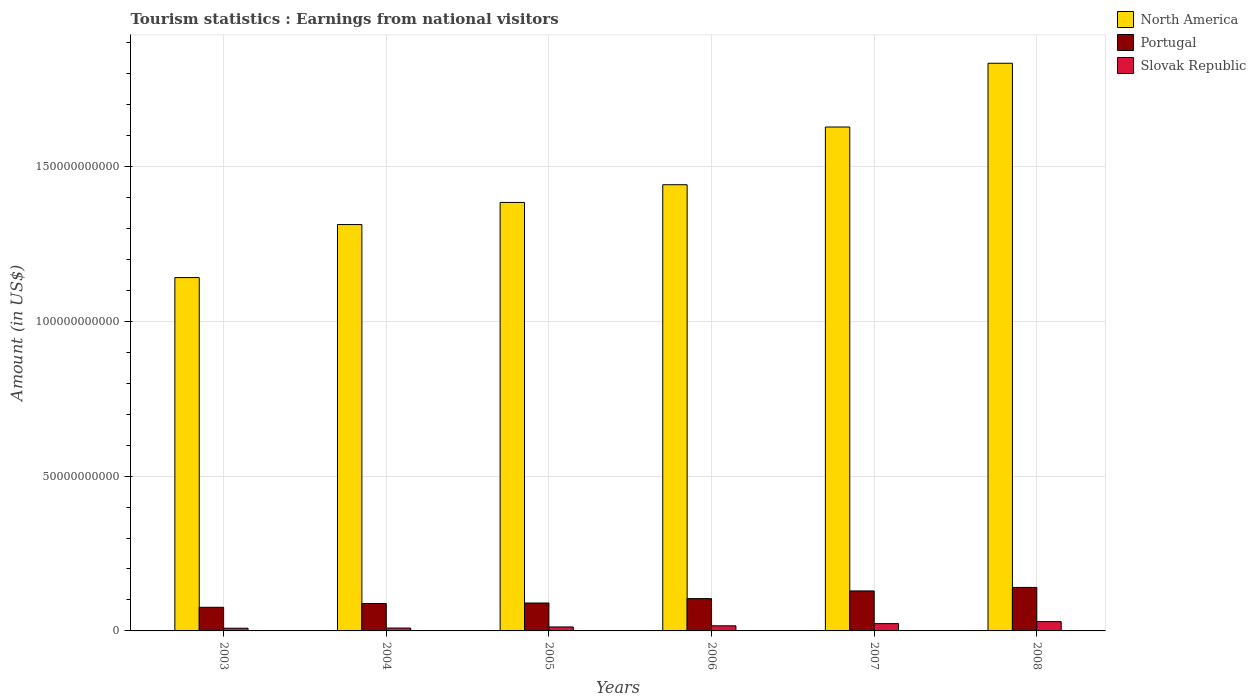
| Years | North America | Portugal | Slovak Republic |
 | --- | --- | --- | --- |
 | 2003 | 1.14e+11 | 7.63e+09 | 8.76e+08 |
 | 2004 | 1.31e+11 | 8.86e+09 | 9.31e+08 |
 | 2005 | 1.38e+11 | 9.01e+09 | 1.28e+09 |
 | 2006 | 1.44e+11 | 1.04e+10 | 1.66e+09 |
 | 2007 | 1.63e+11 | 1.29e+10 | 2.35e+09 |
 | 2008 | 1.83e+11 | 1.4e+10 | 3e+09 |